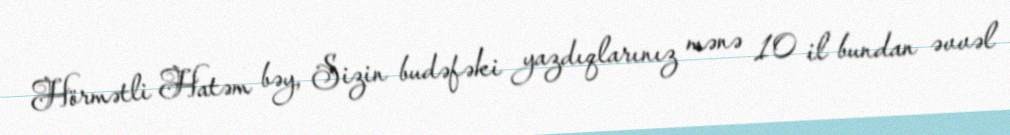
Hörmətli Hatəm bəy, Sizin budəfəki yazdıqlarınız mənə 10 il bundan əvvəl